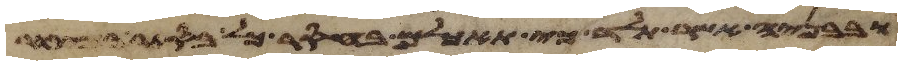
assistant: ובבניה אשר תלד כי תאכלם בחסר כל בסתר